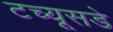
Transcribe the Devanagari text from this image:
टच्यूसडे